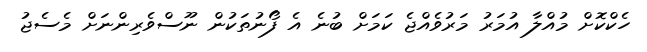
ހެކްކޮށް މުއްލާ އުމަރު މަރުވެއްޖެ ކަމަށް ބުނެ އެ ފޯނުތަކުން ނޫސްވެރިންނަށް މެސެޖު